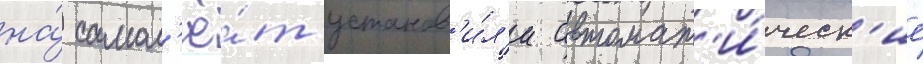
на́ самол'ё́т установ'и́л'и автомат'и́ческ'ие